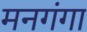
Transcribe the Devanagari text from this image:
मनगंगा